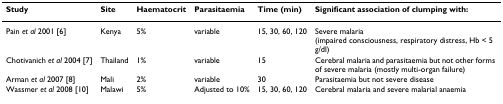
<table><thead><tr><td><b>Study</b></td><td><b>Site</b></td><td><b>Haematocrit</b></td><td><b>Parasitaemia</b></td><td><b>Time (min)</b></td><td><b>Significant association of clumping with:</b></td></tr></thead><tbody><tr><td>Pain <i>et al </i>2001 [6]</td><td>Kenya</td><td>5%</td><td>variable</td><td>15, 30, 60, 120</td><td>Severe malaria (impaired consciousness, respiratory distress, Hb &lt; 5 g/dl)</td></tr><tr><td>Chotivanich <i>et al </i>2004 [7]</td><td>Thailand</td><td>1%</td><td>variable</td><td>15</td><td>Cerebral malaria and parasitaemia but not other forms of severe malaria (mostly multi-organ failure)</td></tr><tr><td>Arman <i>et al </i>2007 [8]</td><td>Mali</td><td>2%</td><td>variable</td><td>30</td><td>Parasitaemia but not severe disease</td></tr><tr><td>Wassmer <i>et al </i>2008 [10]</td><td>Malawi</td><td>5%</td><td>Adjusted to 10%</td><td>15, 30, 60, 120</td><td>Cerebral malaria and severe malarial anaemia</td></tr></tbody></table>